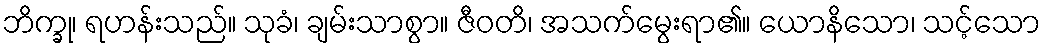
ဘိက္ခု၊ ရဟန်းသည်။ သုခံ၊ ချမ်းသာစွာ။ ဇီဝတိ၊ အသက်မွေးရာ၏။ ယောနိသော၊ သင့်သော